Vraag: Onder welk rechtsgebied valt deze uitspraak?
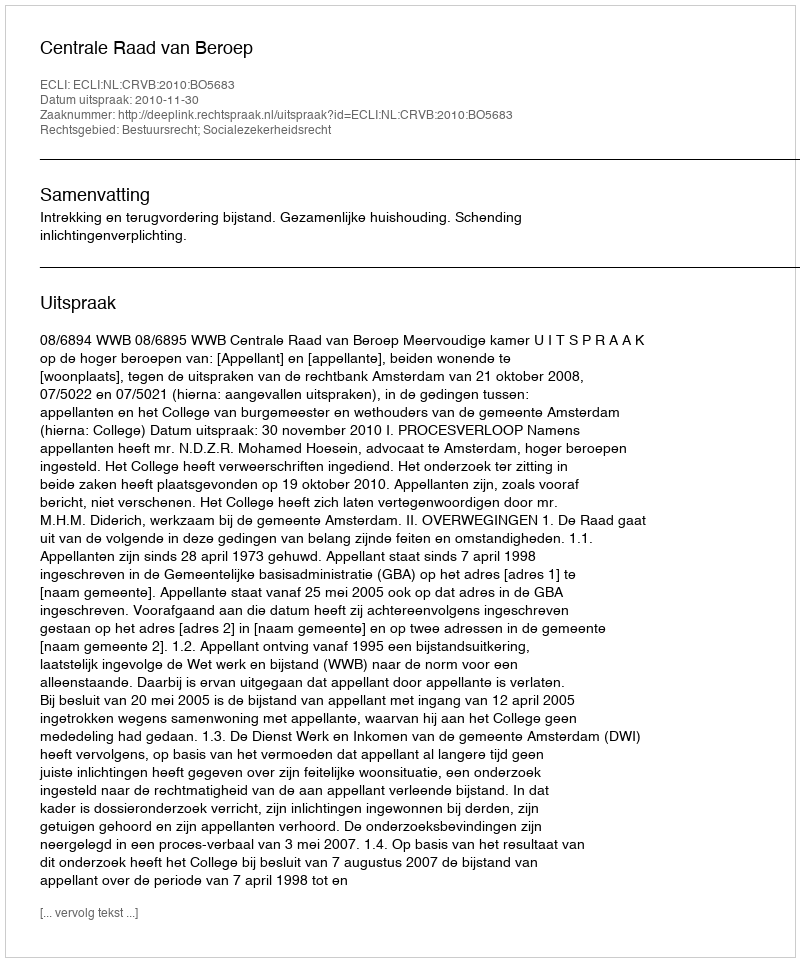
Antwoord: Bestuursrecht; Socialezekerheidsrecht